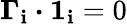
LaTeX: \boldsymbol{\Gamma}_{\mathbf{i}}\boldsymbol{\cdot}\boldsymbol{1}_{\mathbf{i}}=0